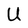
Character: U